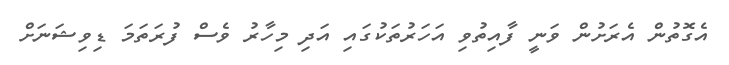
އެގޮތުން އެރަށުން ވަނީ ފާއިތުވި އަހަރުތަކުގައި އަދި މިހާރު ވެސް ފުރަތަމަ ޑިވިޝަނަށް